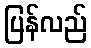
ပြန်လည်